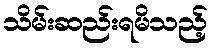
သိမ်းဆည်းရမိသည့်